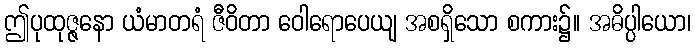
ဤပုထုဇ္ဇနော ယံမာတရံ ဇီဝိတာ ဝေါရောပေယျ အစရှိသော စကား၌။ အဓိပ္ပါယော၊